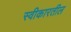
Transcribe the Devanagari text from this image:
स्वीकारतील